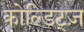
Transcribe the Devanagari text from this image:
कोल्डिट्ज़